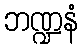
ဘဏ္ဍနံ